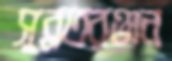
সুব্রতরঞ্জন